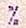
%